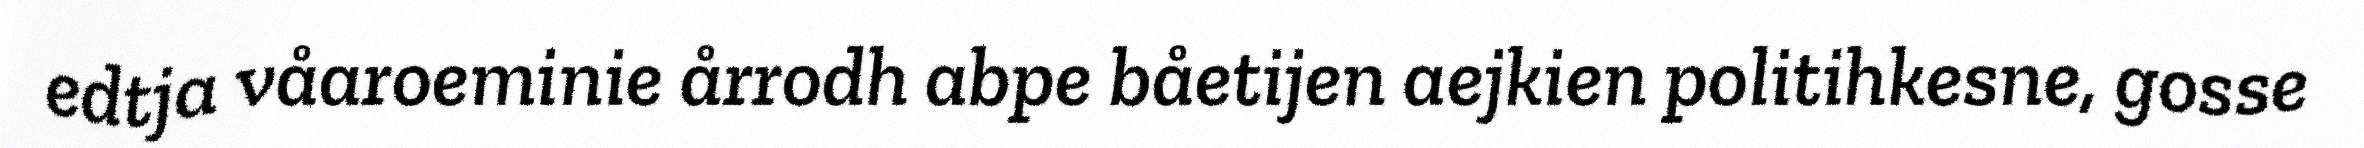
edtja våaroeminie årrodh abpe båetijen aejkien politihkesne, gosse